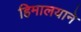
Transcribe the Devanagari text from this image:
हिमालयाने